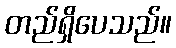
တည်ရှိပေသည်။